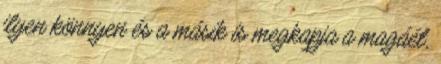
ilyen könnyen és a másik is megkapja a magáét,